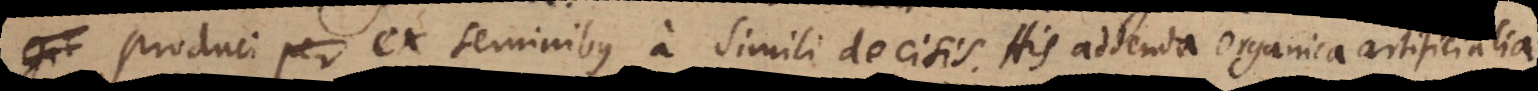
produci ex seminibus a simili decisis. His addenda organica artificialia.